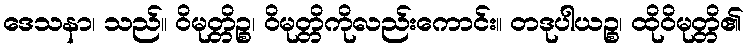
ဒေသနာ၊ သည်။ ဝိမုတ္တိဉ္စ၊ ဝိမုတ္တိကိုလည်းကောင်း။ တဒုပါယဉ္စ၊ ထိုဝိမုတ္တိ၏